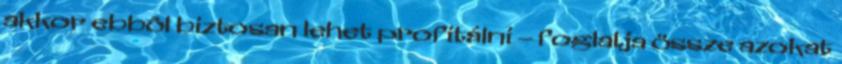
akkor ebbôl biztosan lehet profitálni – foglalja össze azokat